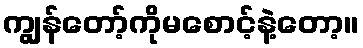
ကျွန်တော့်ကိုမစောင့်နဲ့တော့။